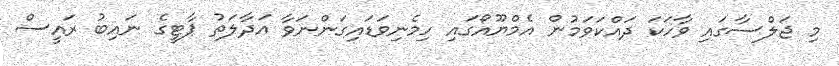
މި ޖަލްސާގައި ވާހަކަ ދައްކަވަމުން އެމްޔޫއޯގައި ހިމެނިވަޑައިގަންނަވާ އަދާލަތު ޕާޓީގެ ނައިބު ރައީސް